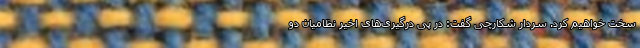
سخت خواهیم کرد. سردار شکارچی گفت: در پی درگیری‌های اخیر نظامیان دو